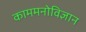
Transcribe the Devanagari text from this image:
काममनोविज्ञान